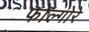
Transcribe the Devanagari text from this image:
फोल्गोरे